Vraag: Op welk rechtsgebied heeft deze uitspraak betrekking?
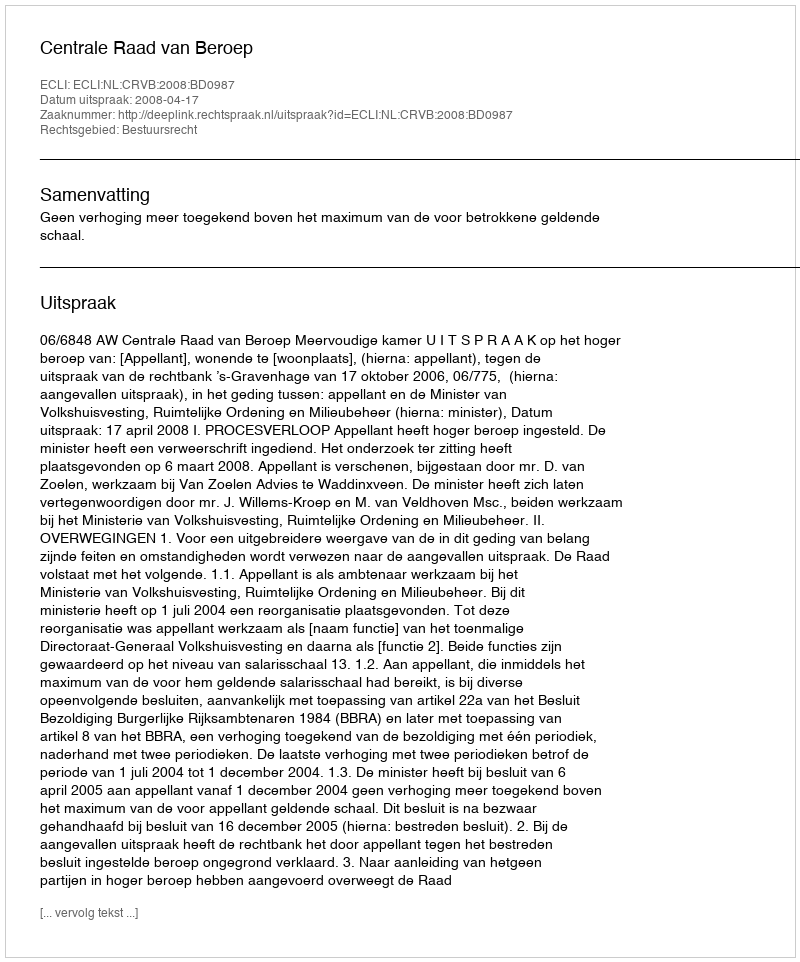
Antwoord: Bestuursrecht